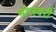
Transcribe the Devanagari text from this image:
भोजदरी